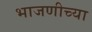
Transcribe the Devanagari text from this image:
भाजणीच्या